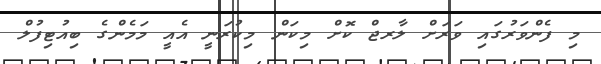
މި ފެެންވަރުގައި ވަރަށް ލާރޖް ކޮށް މިކަން މިކުރަނީ އެއީ މަމެންގެ ބިއުޓިފުލް